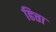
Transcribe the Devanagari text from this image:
हित्ता